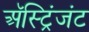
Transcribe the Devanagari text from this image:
अॅस्ट्रिंजंट